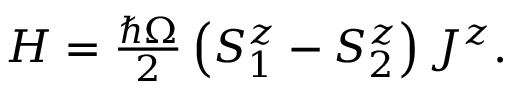
\begin{array} { r } { H = \frac { \hbar \Omega } { 2 } \left( S _ { 1 } ^ { z } - S _ { 2 } ^ { z } \right) J ^ { z } . } \end{array}